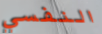
النفسي